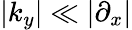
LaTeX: |k_{y}|\ll|\partial_{x}|